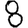
Digit: 8